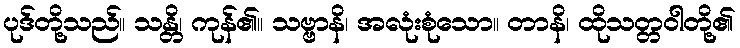
ပုဒ်တို့သည်။ သန္တိ၊ ကုန်၏။ သဗ္ဗာနိ၊ အလုံးစုံသော။ တာနိ၊ ထိုသတ္တဝါတို့၏